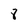
Character: 8